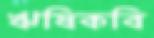
ঋষিকবি